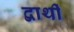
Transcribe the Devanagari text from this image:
द्वार्थी